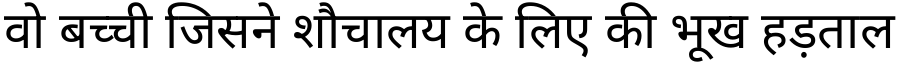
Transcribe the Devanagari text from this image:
वो बच्ची जिसने शौचालय के लिए की भूख हड़ताल